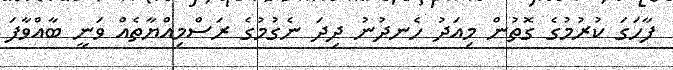
ފާހަގަ ކުރުމުގެ ގޮތުން މިއަދު ހެނދުނު ދިދަ ނެގުމުގެ ރަސްމިއްޔާތެއް ވަނީ ބާއްވާފަ